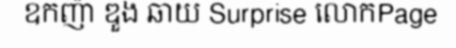
ឧកញ៉ា ឌួង ឆាយ Surprise លោកPage